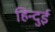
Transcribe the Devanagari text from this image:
हिन्दुई